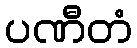
ပဏီတံ